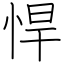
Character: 悍